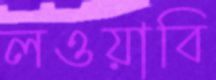
লওয়াবি